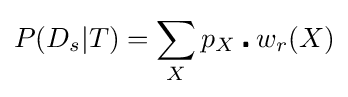
P(D_{s}|T)=\sum _{X}p_{X}\centerdot w_{r}(X)